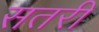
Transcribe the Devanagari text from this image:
सतरी